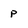
Character: p